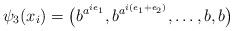
LaTeX: \begin{align*}\psi_3(x_i)=\big( b^{a^{ie_1}}, b^{a^{i(e_1+e_2)}}, \dots, b, b\big)\end{align*}